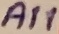
Text: A11